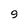
Character: 9